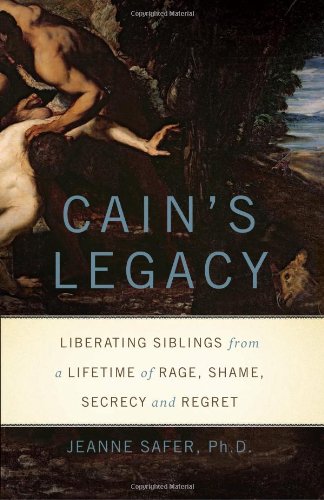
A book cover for Cain's Legacy: Liberating Siblings from a Lifetime of Rage, Shame, Secrecy, and Regret; Jeanne Safer; Parenting & Relationships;